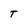
Character: T